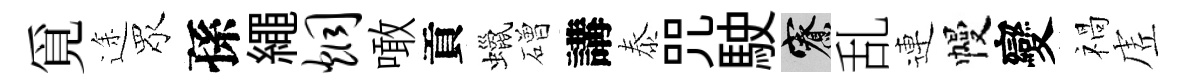
覓途眾孫繩炯噉貢蠟磳講泰咒駛寮乱連幔變禍虗